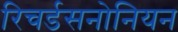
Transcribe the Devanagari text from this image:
रिचर्डसनोनियन